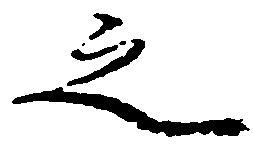
之